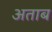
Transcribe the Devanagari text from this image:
अताब